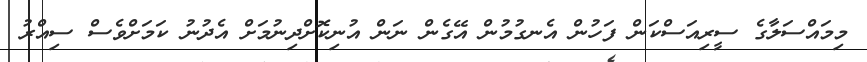
މިމައްސަލާގެ ސީރިއަސްކަން ފަހުން އެނގުމުން އޭގެން ނަން އުނިކޮށްދިނުމަށް އެދުނު ކަމަށްވެސް ސިއްރު